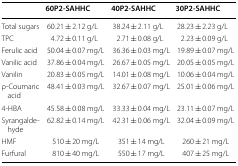
|  | 60P2-SAHHC | 40P2-SAHHC | 30P2-SAHHC |
 | --- | --- | --- | --- |
 | Total sugars | 60.21 ± 2.12 g/L | 38.24 ± 2.11 g/L | 28.23 ± 2.23 g/L |
 | TPC | 4.72 ± 0.11 g/L | 2.71 ± 0.08 g/L | 2.23 ± 0.09 g/L |
 | Ferulic acid | 50.04 ± 0.07 mg/L | 36.36 ± 0.03 mg/L | 19.89 ± 0.07 mg/L |
 | Vanilic acid | 37.86 ± 0.04 mg/L | 26.67 ± 0.05 mg/L | 20.05 ± 0.05 mg/L |
 | Vanilin | 20.83 ± 0.05 mg/L | 14.01 ± 0.08 mg/L | 10.06 ± 0.04 mg/L |
 | ρ-Coumaric acid | 48.41 ± 0.03 mg/L | 32.67 ± 0.07 mg/L | 25.01 ± 0.06 mg/L |
 | 4-HBA | 45.58 ± 0.08 mg/L | 33.33 ± 0.04 mg/L | 23.11 ± 0.07 mg/L |
 | Syrangaldehyde | 62.82 ± 0.14 mg/L | 42.31 ± 0.06 mg/L | 32.04 ± 0.09 mg/L |
 | HMF | 510 ± 20 mg/L | 351 ± 14 mg/L | 260 ± 21 mg/L |
 | Furfural | 810 ± 40 mg/L | 550 ± 17 mg/L | 407 ± 25 mg/L |